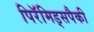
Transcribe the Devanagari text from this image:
पिरॅमिड्सपैकी